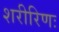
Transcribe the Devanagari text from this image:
शरीरिणः